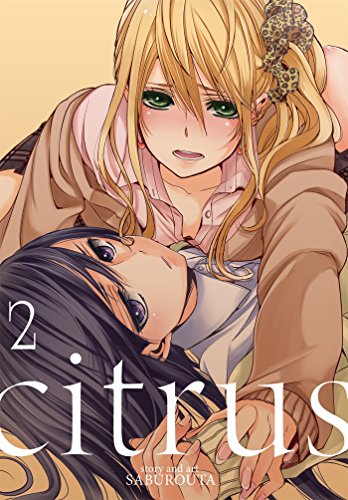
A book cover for Citrus, Vol. 2; Saburouta; Comics & Graphic Novels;